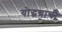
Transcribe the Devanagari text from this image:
योद्धय़ाची